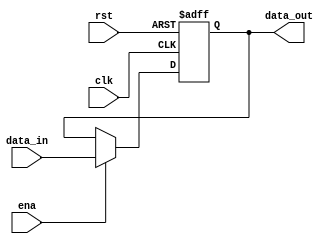
`timescale 1ns / 1ps
//////////////////////////////////////////////////////////////////////////////////
// Company: 
// Engineer: 
// 
// Design Name: 
// Module Name: Reg
// Project Name: 
// Target Devices: 
// Tool Versions: 
// Description: 
// 
// Dependencies: 
// 
// Revision:
// Revision 0.01 - File Created
// Additional Comments:
// 
//////////////////////////////////////////////////////////////////////////////////


module Reg(
   input clk,   //1  PC  
   input rst,   //1  PC  // ena rst  
   input ena,   //1 , PC  data_in 
   input [31:0] data_in, //32  
   output [31:0] data_out   //32  PC 
   ); 
   reg [31:0]Reg_space;
   assign data_out=Reg_space;
   always @(posedge clk or posedge rst)
   begin
   if(rst==1)
     begin
     Reg_space<= 32'b00000000_00000000_00000000_00000000; 
     end  
   else if(ena==1)
     begin
     Reg_space<=data_in;
     end
   end
endmodule